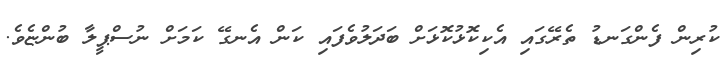
ކުރިން ފެންގަނޑު ތެރޭގައި އެކިކޮޅުކޮޅަށް ބަދަލުވެފައި ކަން އެނގޭ ކަމަށް ނުސްޕީލާ ބުންޏެވެ.